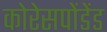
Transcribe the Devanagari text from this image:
कोरेसपोंडेंड